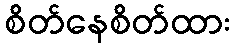
စိတ်နေစိတ်ထား